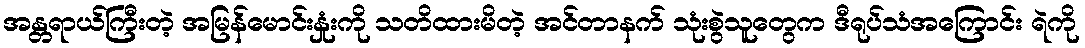
အန္တရာယ်ကြီးတဲ့ အမြန်မောင်းနှုံးကို သတိထားမိတဲ့ အင်တာနက် သုံးစွဲသူတွေက ဒီရုပ်သံအကြောင်း ရဲကို